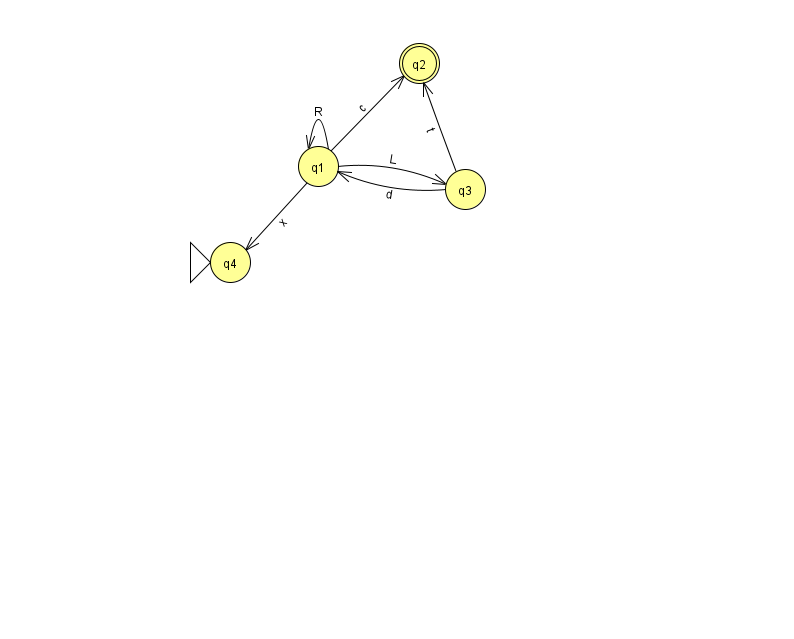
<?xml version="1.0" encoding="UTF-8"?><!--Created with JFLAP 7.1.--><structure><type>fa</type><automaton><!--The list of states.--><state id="1" name="q1"><x>318.0</x><y>153.0</y></state><state id="2" name="q2"><x>419.0</x><y>50.0</y><final/></state><state id="3" name="q3"><x>465.0</x><y>176.0</y></state><state id="4" name="q4"><x>230.0</x><y>249.0</y><initial/></state><!--The list of transitions.--><transition><from>3</from><to>1</to><read>d</read></transition><transition><from>1</from><to>1</to><read>R</read></transition><transition><from>1</from><to>2</to><read>c</read></transition><transition><from>1</from><to>4</to><read>x</read></transition><transition><from>3</from><to>2</to><read>t</read></transition><transition><from>1</from><to>3</to><read>L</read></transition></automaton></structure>